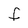
Character: F